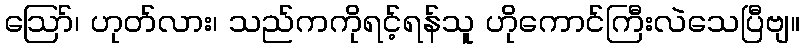
ဪ၊ ဟုတ်လား၊ သည်ကကိုရင့်ရန်သူ ဟိုကောင်ကြီးလဲသေပြီဗျ။